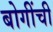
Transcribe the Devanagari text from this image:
बोगींची